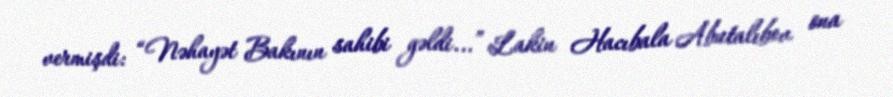
vermişdi: “Nəhayət Bakının sahibi gəldi...” Lakin Hacıbala Abutalıbov ona